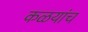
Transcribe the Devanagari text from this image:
कळयांच